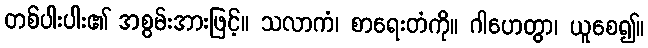
တစ်ပါးပါး၏ အစွမ်းအားဖြင့်။ သလာကံ၊ စာရေးတံကို။ ဂါဟေတွာ၊ ယူစေ၍။